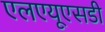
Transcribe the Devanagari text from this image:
एलएयूएसडी